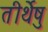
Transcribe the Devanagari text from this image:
तीर्थेषु